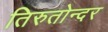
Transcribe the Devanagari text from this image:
तिरुतोन्दर